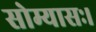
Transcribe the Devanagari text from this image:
सोम्यासः।